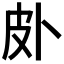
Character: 𱱿